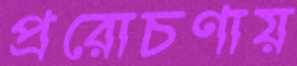
প্ররোচণায়